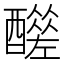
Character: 𨣣